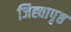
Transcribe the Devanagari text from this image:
जिह्वापृष्ठ